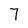
Character: 7